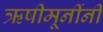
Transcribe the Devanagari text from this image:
ऋषीमूनींनी